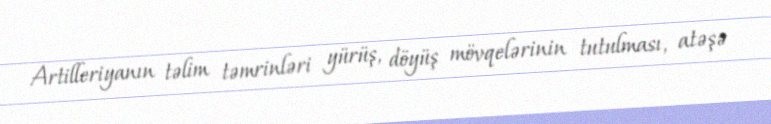
Artilleriyanın təlim təmrinləri yürüş, döyüş mövqelərinin tutulması, atəşə